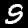
Digit: 9